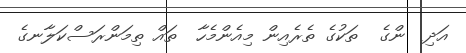
އަދި  ންގެ  ތަކުގެ ތެރެއިން މިއެންމެހާ  ތައް ތިމަންރަސްކަލާނގެ